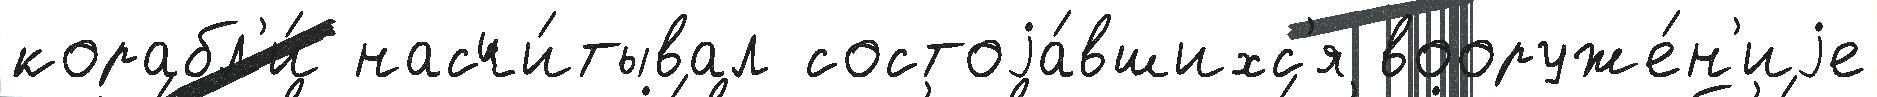
корабл'и́ насчи́тывал состоjа́вшихс'я вооруже́н'иjе